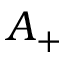
A _ { + }